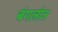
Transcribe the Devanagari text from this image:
बंगलोज